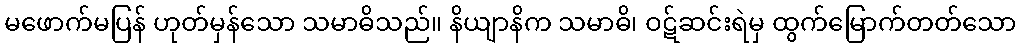
မဖောက်မပြန် ဟုတ်မှန်သော သမာဓိသည်။ နိယျာနိက သမာဓိ၊ ဝဋ်ဆင်းရဲမှ ထွက်မြောက်တတ်သော